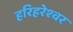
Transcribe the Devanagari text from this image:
हरिहरेश्‍वर